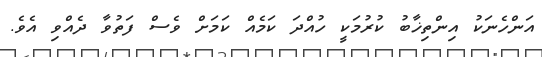
އަންހެނަކު އިންތިޚާބު ކުރުމަކީ ހުއްދަ ކަމެއް ކަމަށް ވެސް ފަތުވާ ދެއްވި އެވެ.